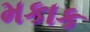
મકાક